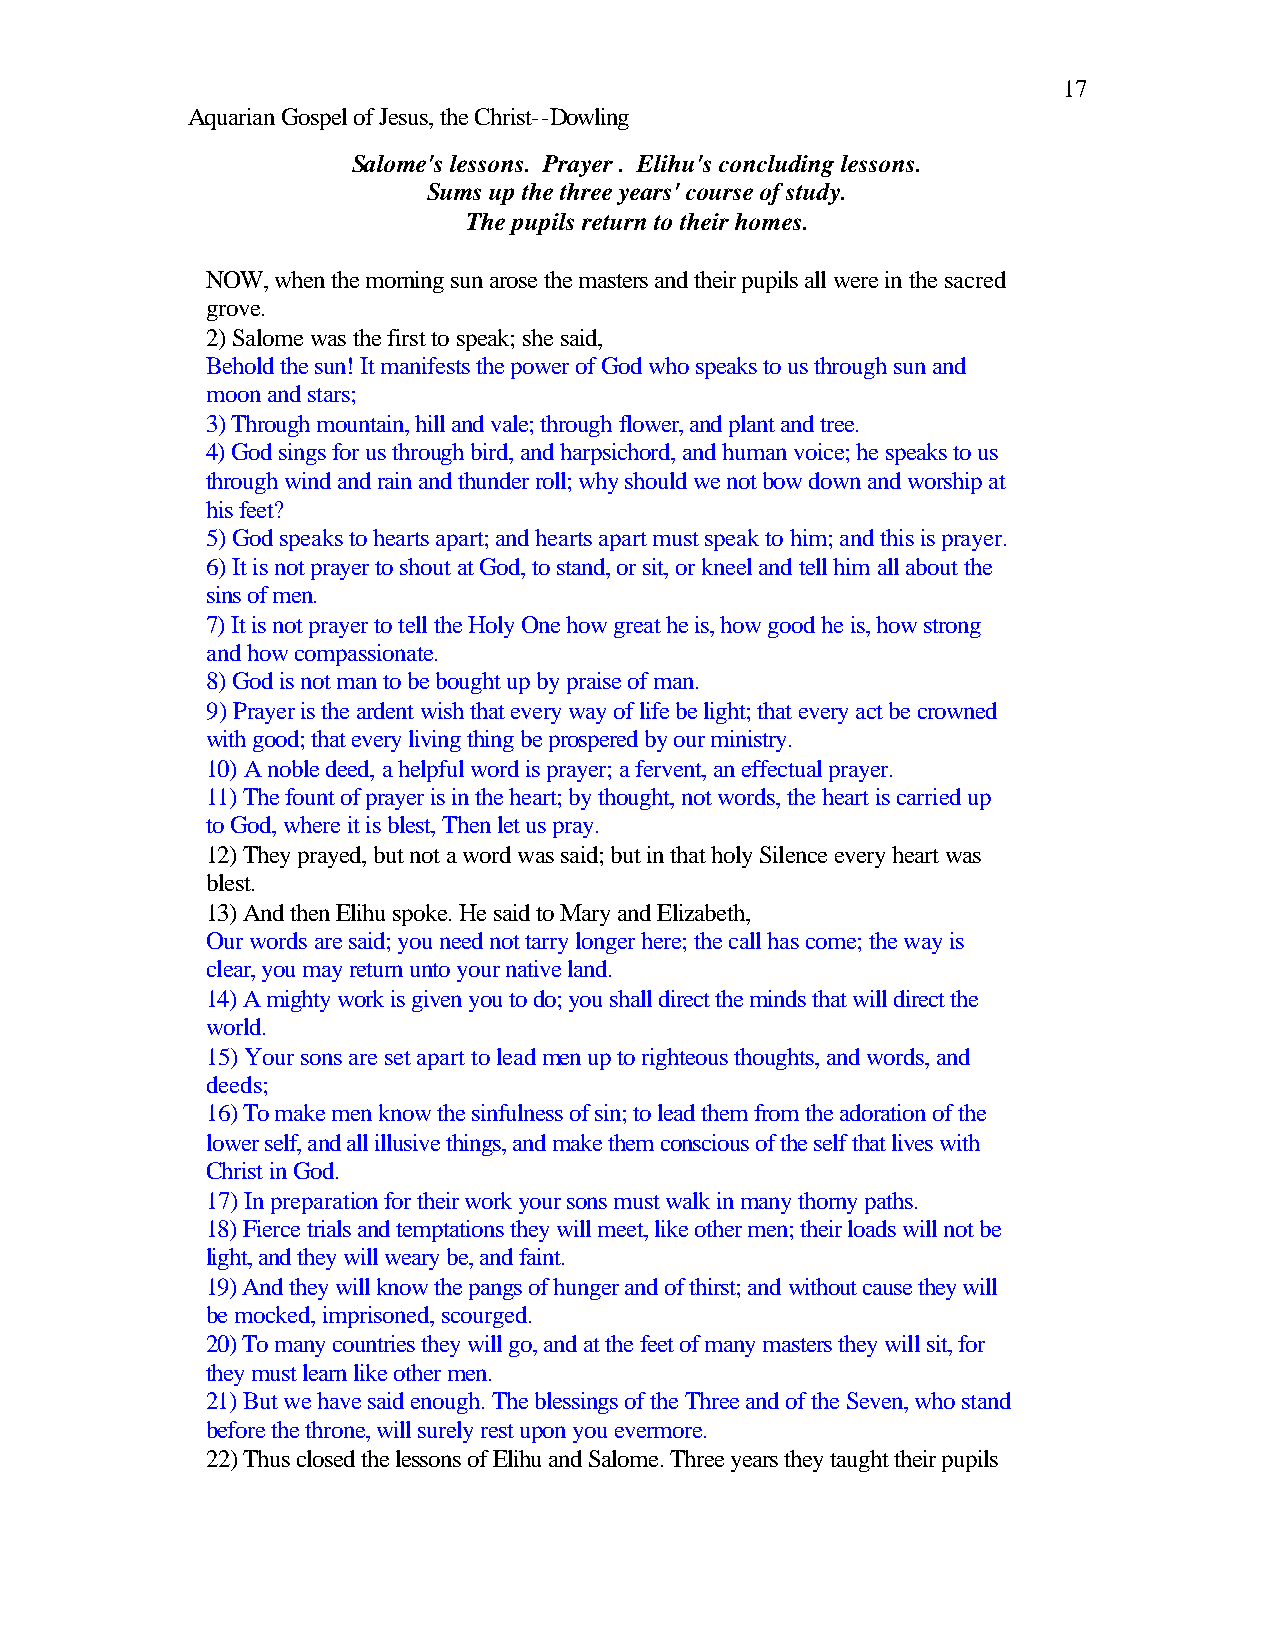
17
 Aquarian Gospel of Jesus, the Christ--Dowling
 Salome's lessons. Prayer . Elihu's concluding lessons.
 Sums up the three years' course of study.
 The pupils return to their homes.
 NOW, when the morning sun arose the masters and their pupils all were in the sacred
 grove.
 2) Salome was the first to speak; she said,
 Behold the sun! It manifests the power of God who speaks to us through sun and
 moon and stars;
 3) Through mountain, hill and vale; through flower, and plant and tree.
 4) God sings for us through bird, and harpsichord, and human voice; he speaks to us
 through wind and rain and thunder roll; why should we not bow down and worship at
 his feet?
 5) God speaks to hearts apart; and hearts apart must speak to him; and this is prayer.
 6) It is not prayer to shout at God, to stand, or sit, or kneel and tell him all about the
 sins of men.
 7) It is not prayer to tell the Holy One how great he is, how good he is, how strong
 and how compassionate.
 8) God is not man to be bought up by praise of man.
 9) Prayer is the ardent wish that every way of life be light; that every act be crowned
 with good; that every living thing be prospered by our ministry.
 10) A noble deed, a helpful word is prayer; a fervent, an effectual prayer.
 11) The fount of prayer is in the heart; by thought, not words, the heart is carried up
 to God, where it is blest, Then let us pray.
 12) They prayed, but not a word was said; but in that holy Silence every heart was
 blest.
 13) And then Elihu spoke. He said to Mary and Elizabeth,
 Our words are said; you need not tarry longer here; the call has come; the way is
 clear, you may return unto your native land.
 14) A mighty work is given you to do; you shall direct the minds that will direct the
 world.
 15) Your sons are set apart to lead men up to righteous thoughts, and words, and
 deeds;
 16) To make men know the sinfulness of sin; to lead them from the adoration of the
 lower self, and all illusive things, and make them conscious of the self that lives with
 Christ in God.
 17) In preparation for their work your sons must walk in many thorny paths.
 18) Fierce trials and temptations they will meet, like other men; their loads will not be
 light, and they will weary be, and faint.
 19) And they will know the pangs of hunger and of thirst; and without cause they will
 be mocked, imprisoned, scourged.
 20) To many countries they will go, and at the feet of many masters they will sit, for
 they must learn like other men.
 21) But we have said enough. The blessings of the Three and of the Seven, who stand
 before the throne, will surely rest upon you evermore.
 22) Thus closed the lessons of Elihu and Salome. Three years they taught their pupils